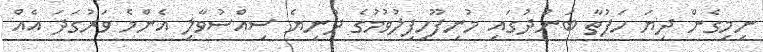
ނިމިގެން ދިޔަ ހަފުތާ ބަންދުގައި މުނިފޫހިފިލުވުމުގެ ދުނިޔެ ސިއްސުވާލި އެންމެ ވަރުގަދަ އެއް